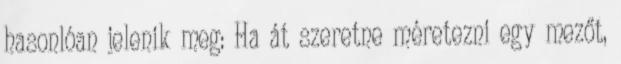
hasonlóan jelenik meg: Ha át szeretne méretezni egy mezőt,